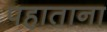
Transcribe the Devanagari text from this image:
पहाताना